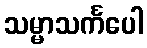
သမ္မာသင်္ကပေါ